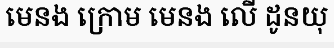
មេនង ក្រោម មេនង លើ ដូនយុ